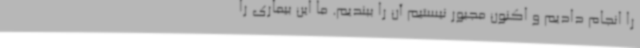
را انجام دادیم و اکنون مجبور نیستیم آن را ببندیم. ما این بیماری را